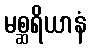
မစ္ဆရိယာနံ